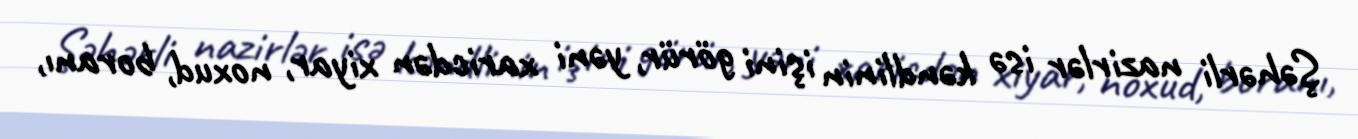
Şəhərli nazirlər isə kəndlinin işini görür, yəni xaricdən xiyar, noxud, boranı,